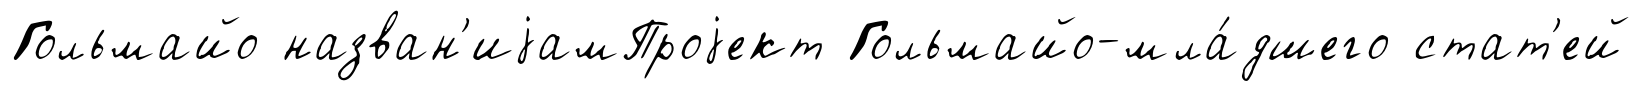
Гольмайо назван'иjамПроjект Гольмайо-мла́дшего стат'ей